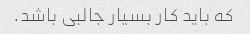
که باید کار بسیار جالبی باشد.